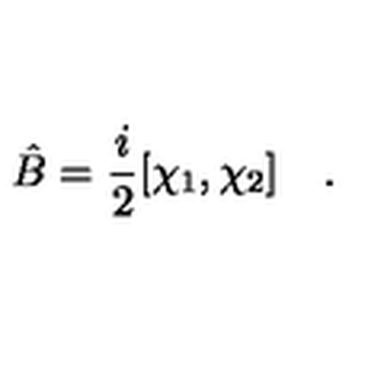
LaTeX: \hat { B } = { \frac { i } { 2 } } [ \chi _ { 1 } , \chi _ { 2 } ] \quad .